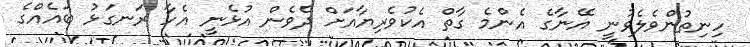
ހިނިތުންވެލެވުނީ އޭނާގެ އެންމެ ގާތް އެކުވެރިޔާއަށް ދެވެން އުޅެނީ އެހާ ރަނގަޅު ބައެއްގެ